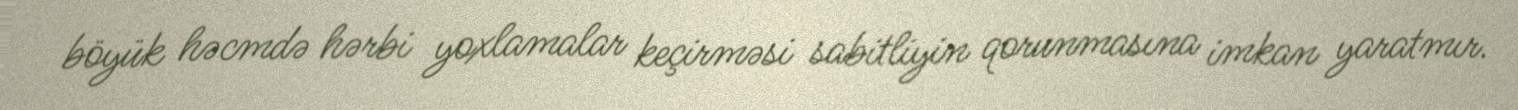
böyük həcmdə hərbi yoxlamalar keçirməsi sabitliyin qorunmasına imkan yaratmır.